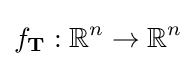
f_{\mathbf {T} }:\mathbb {R} ^{n}\to \mathbb {R} ^{n}